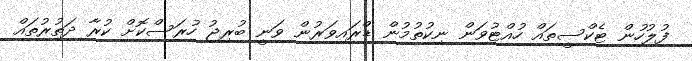
ފުލުހުން ޓެކްސީތައް ހުއްޓުވަން ނިކުތުމުން ޑްރައިވަރުން ވަނީ ބުރިޖު ހުރަސްކޮށް ކުރާ ދަތުރުތައް